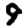
Digit: 9